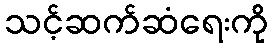
သင့်ဆက်ဆံရေးကို